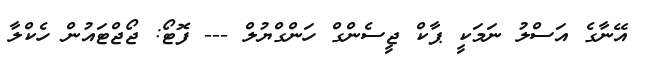
އޭނާގެ އަސްލު ނަމަކީ ޕާކް ޖީސެންގް ހަންގްޔުލް --- ފޮޓޯ: ޖޯޖްޓައުން ހެކްލާ